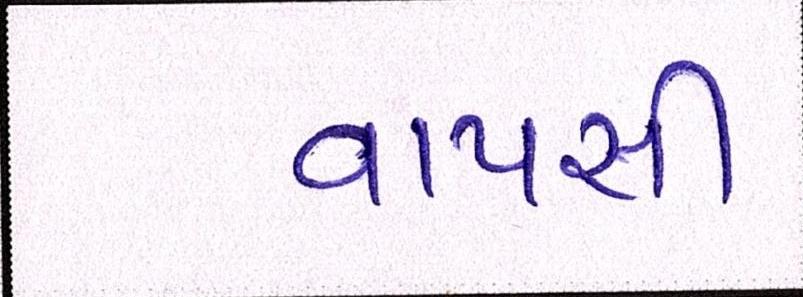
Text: વાપસી